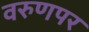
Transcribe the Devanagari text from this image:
वरुणपर